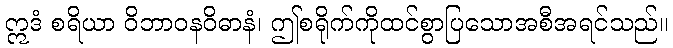
ဣဒံ စရိယာ ဝိဘာဝနဝိဓာနံ၊ ဤစရိုက်ကိုထင်စွာပြသောအစီအရင်သည်။